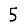
Digit: 5